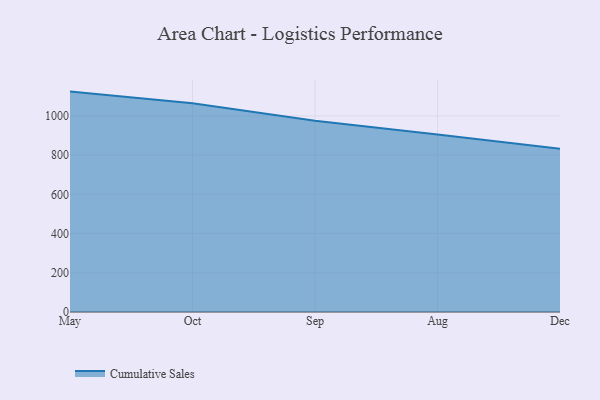
{"axis": {"x": "Month", "y": "Gross Profit (USD K)"}, "legend": ["Cumulative Sales"], "data": [{"x": "May", "y": 1123.8, "type": "Cumulative Sales"}, {"x": "Oct", "y": 1064.2, "type": "Cumulative Sales"}, {"x": "Sep", "y": 975.0, "type": "Cumulative Sales"}, {"x": "Aug", "y": 905.6, "type": "Cumulative Sales"}, {"x": "Dec", "y": 831.9, "type": "Cumulative Sales"}]}